Vaccination in Bombay 1913-1923 - 1913-1923
Year: 1913
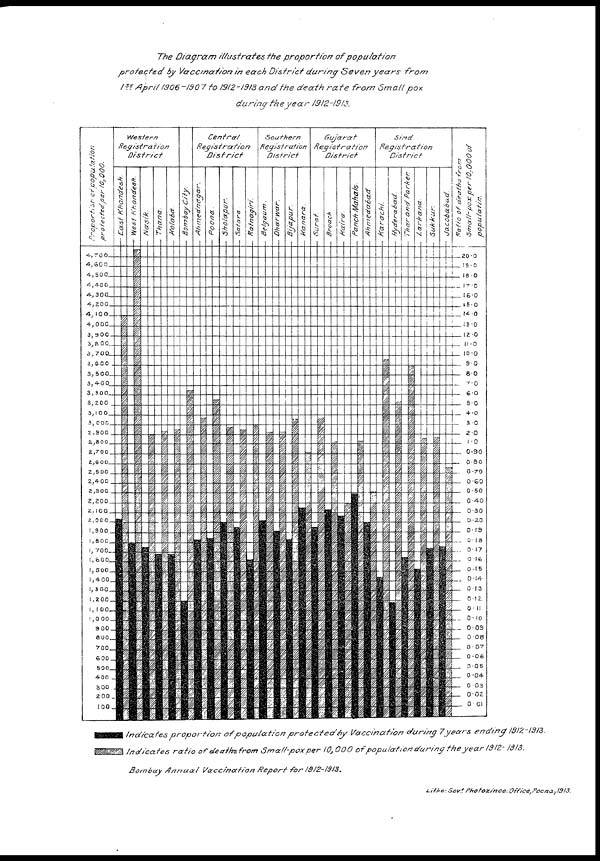
The Diagram illustrates the proportion
of
population
protected
by Vaccination in each District during Seven years
from
1st April 1906-1907 to 1912-1913 and the death rate from Small pox
during the year 1912-1913.